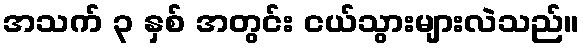
အသက် ၃ နှစ် အတွင်း ငယ်သွားများလဲသည်။